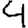
Digit: 4